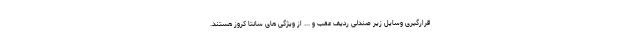
قرارگیری وسایل زیر صندلی ردیف عقب و ... از ویژگی های سانتا کروز هستند.